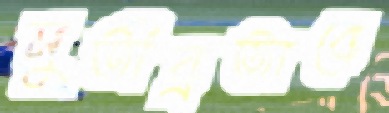
সুতীব্রভাবে